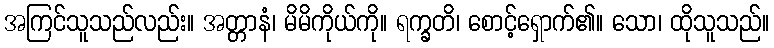
အကြင်သူသည်လည်း။ အတ္တာနံ၊ မိမိကိုယ်ကို။ ရက္ခတိ၊ စောင့်ရှောက်၏။ သော၊ ထိုသူသည်။